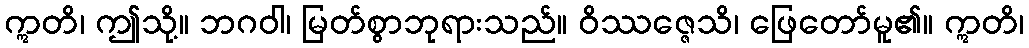
ဣတိ၊ ဤသို့။ ဘဂဝါ၊ မြတ်စွာဘုရားသည်။ ဝိဿဇ္ဇေသိ၊ ဖြေတော်မူ၏။ ဣတိ၊